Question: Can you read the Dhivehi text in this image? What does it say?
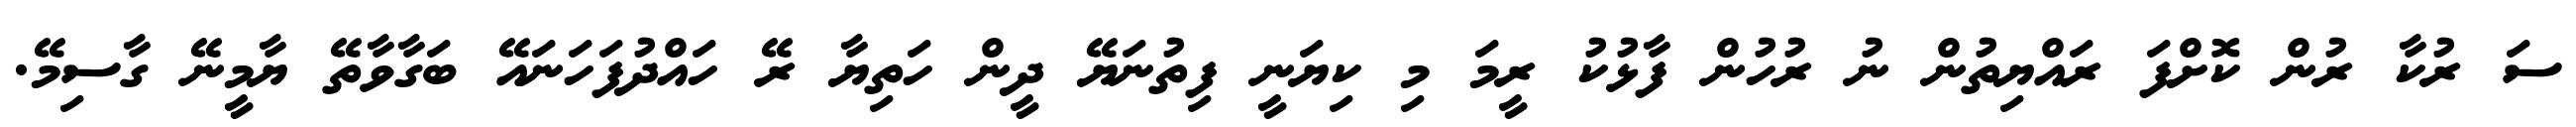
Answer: ސަ ރުކާ ރުން ކޮށްފަ ރައްޔިތުން ނު ރުހުން ފާޅުކު ރީމަ މި ކިޔަނީ ފިތުނަޔޭ ދީން ހަތިޔާ ރޭ ހައްދުފަހަނައޭ ބަގާވާތޭ ޔާމީނޭ ގާސިމޭ.